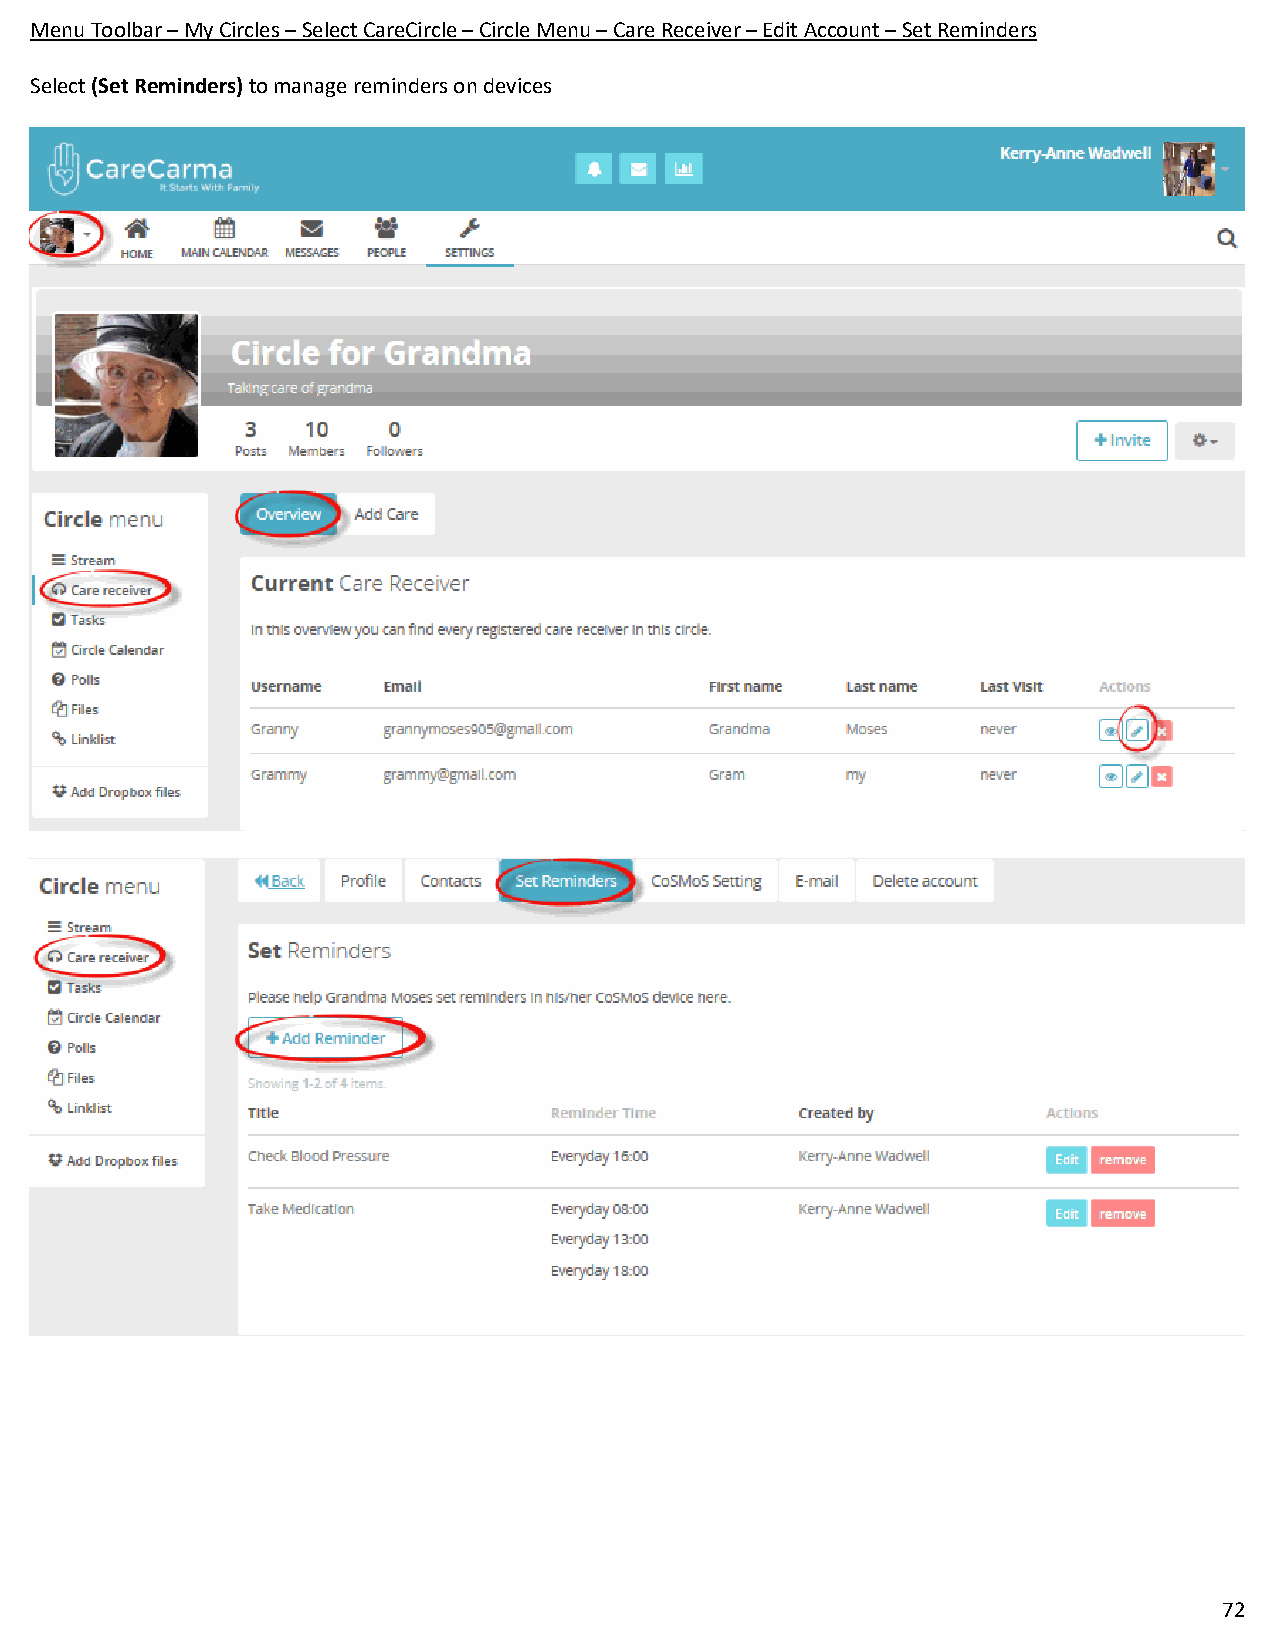
Menu Toolbar – My Circles – Select CareCircle – Circle Menu – Care Receiver – Edit Account – Set Reminders
 Select (Set Reminders) to manage reminders on devices
 72